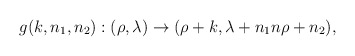
\begin{align*}g(k,n_1,n_2):(\rho,\lambda) \rightarrow (\rho+k,\lambda+n_1n \rho+n_2),\end{align*}